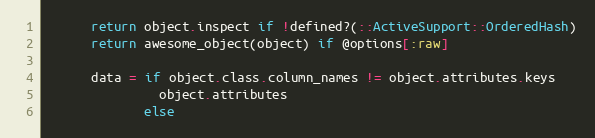
Language: Ruby
      return object.inspect if !defined?(::ActiveSupport::OrderedHash)
      return awesome_object(object) if @options[:raw]

      data = if object.class.column_names != object.attributes.keys
               object.attributes
             else